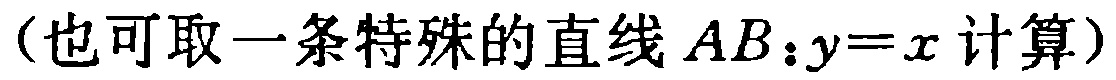
（也可取一条特殊的直线 \(AB:y = x\) 计算）